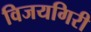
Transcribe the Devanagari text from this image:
विजयगिरी